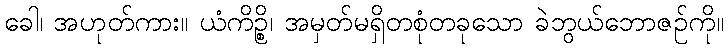
ခေါ၊ အဟုတ်ကား။ ယံကိဉ္စိ၊ အမှတ်မရှိတစုံတခုသော ခဲဘွယ်ဘောဇဉ်ကို။